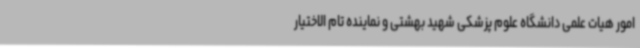
امور هیات علمی دانشگاه علوم پزشکی شهید بهشتی و نماینده تام الاختیار